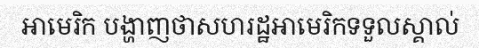
អាមេរិក បង្ហាញថាសហរដ្ឋអាមេរិកទទួលស្គាល់